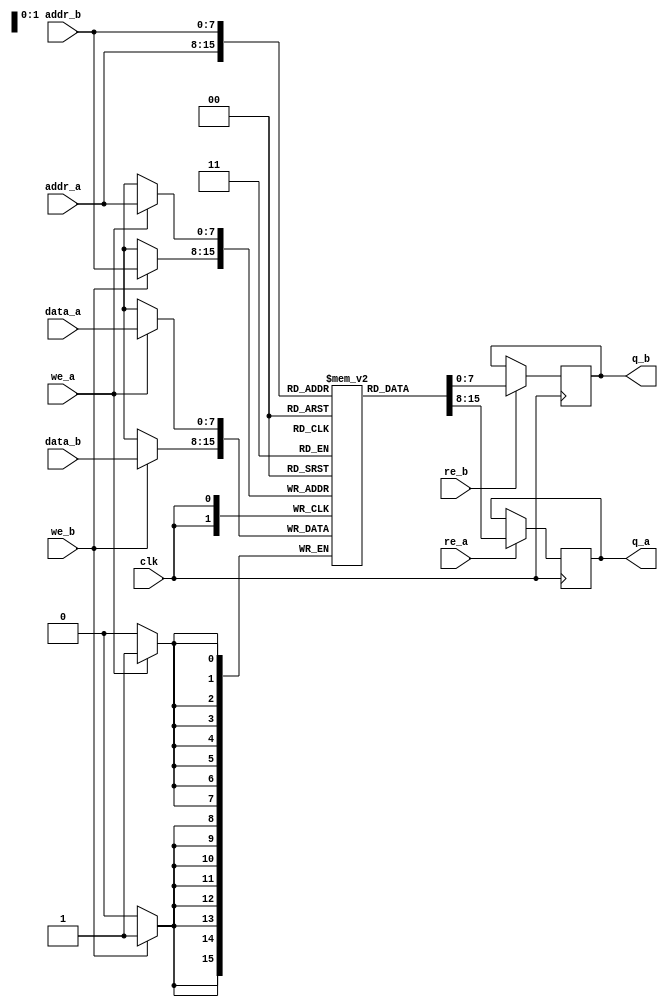
module dual_port_scratchpad_memory #(
    parameter DATA_WIDTH = 8,       // Configurable data width (e.g., 8, 16)
    parameter ADDR_WIDTH = 8,       // Configurable address width (for 256 bytes, use 8)
    parameter MEM_SIZE = 1 << ADDR_WIDTH // Memory size (2^ADDR_WIDTH)
) (
    input wire clk,                 // Clock signal
    
    // Port A
    input wire [ADDR_WIDTH-1:0] addr_a, // Address input for Port A
    input wire [DATA_WIDTH-1:0] data_a, // Data input for Port A
    input wire we_a,               // Write enable for Port A
    input wire re_a,               // Read enable for Port A
    output reg [DATA_WIDTH-1:0] q_a, // Data output for Port A
    
    // Port B
    input wire [ADDR_WIDTH-1:0] addr_b, // Address input for Port B
    input wire [DATA_WIDTH-1:0] data_b, // Data input for Port B
    input wire we_b,               // Write enable for Port B
    input wire re_b,               // Read enable for Port B
    output reg [DATA_WIDTH-1:0] q_b  // Data output for Port B
);

    // Memory array declaration
    reg [DATA_WIDTH-1:0] memory [0:MEM_SIZE-1];

    // Read and Write Logic
    always @(posedge clk) begin
        // Port A Read
        if (re_a) begin
            q_a <= memory[addr_a]; // Read data from memory
        end

        // Port A Write
        if (we_a) begin
            memory[addr_a] <= data_a; // Write data to memory
        end

        // Port B Read
        if (re_b) begin
            q_b <= memory[addr_b]; // Read data from memory
        end

        // Port B Write
        if (we_b) begin
            memory[addr_b] <= data_b; // Write data to memory
        end
    end

    // Optional: Initialization of memory contents can be added here

endmodule